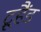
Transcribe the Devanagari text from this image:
ट्रूहैंड